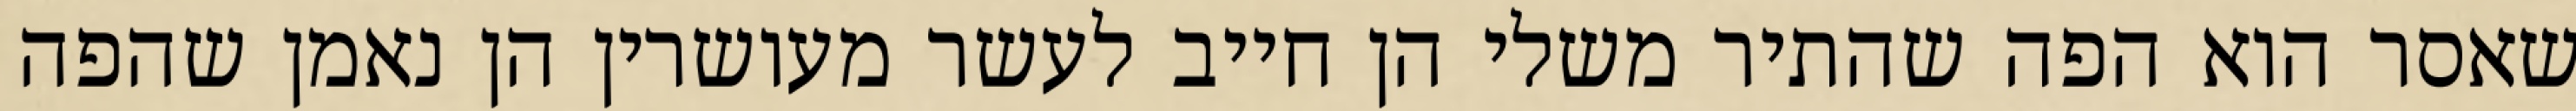
שאסר הוא הפה שהתיר משלי הן חייב לעשר מעושרין הן נאמן שהפה